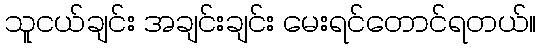
သူငယ်ချင်း အချင်းချင်း မေးရင်တောင်ရတယ်။